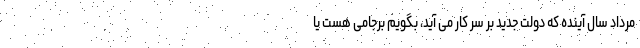
مرداد سال آینده که دولت جدید بر سر کار می آید، بگویم برجامی هست یا